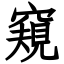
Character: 窺